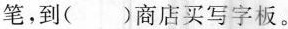
笔，到( )商店买写字板。